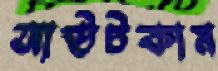
আউটকাম